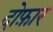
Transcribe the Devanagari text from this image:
दोफ़ार